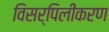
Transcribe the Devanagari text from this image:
विसर्पिलीकरण